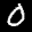
Label: 0